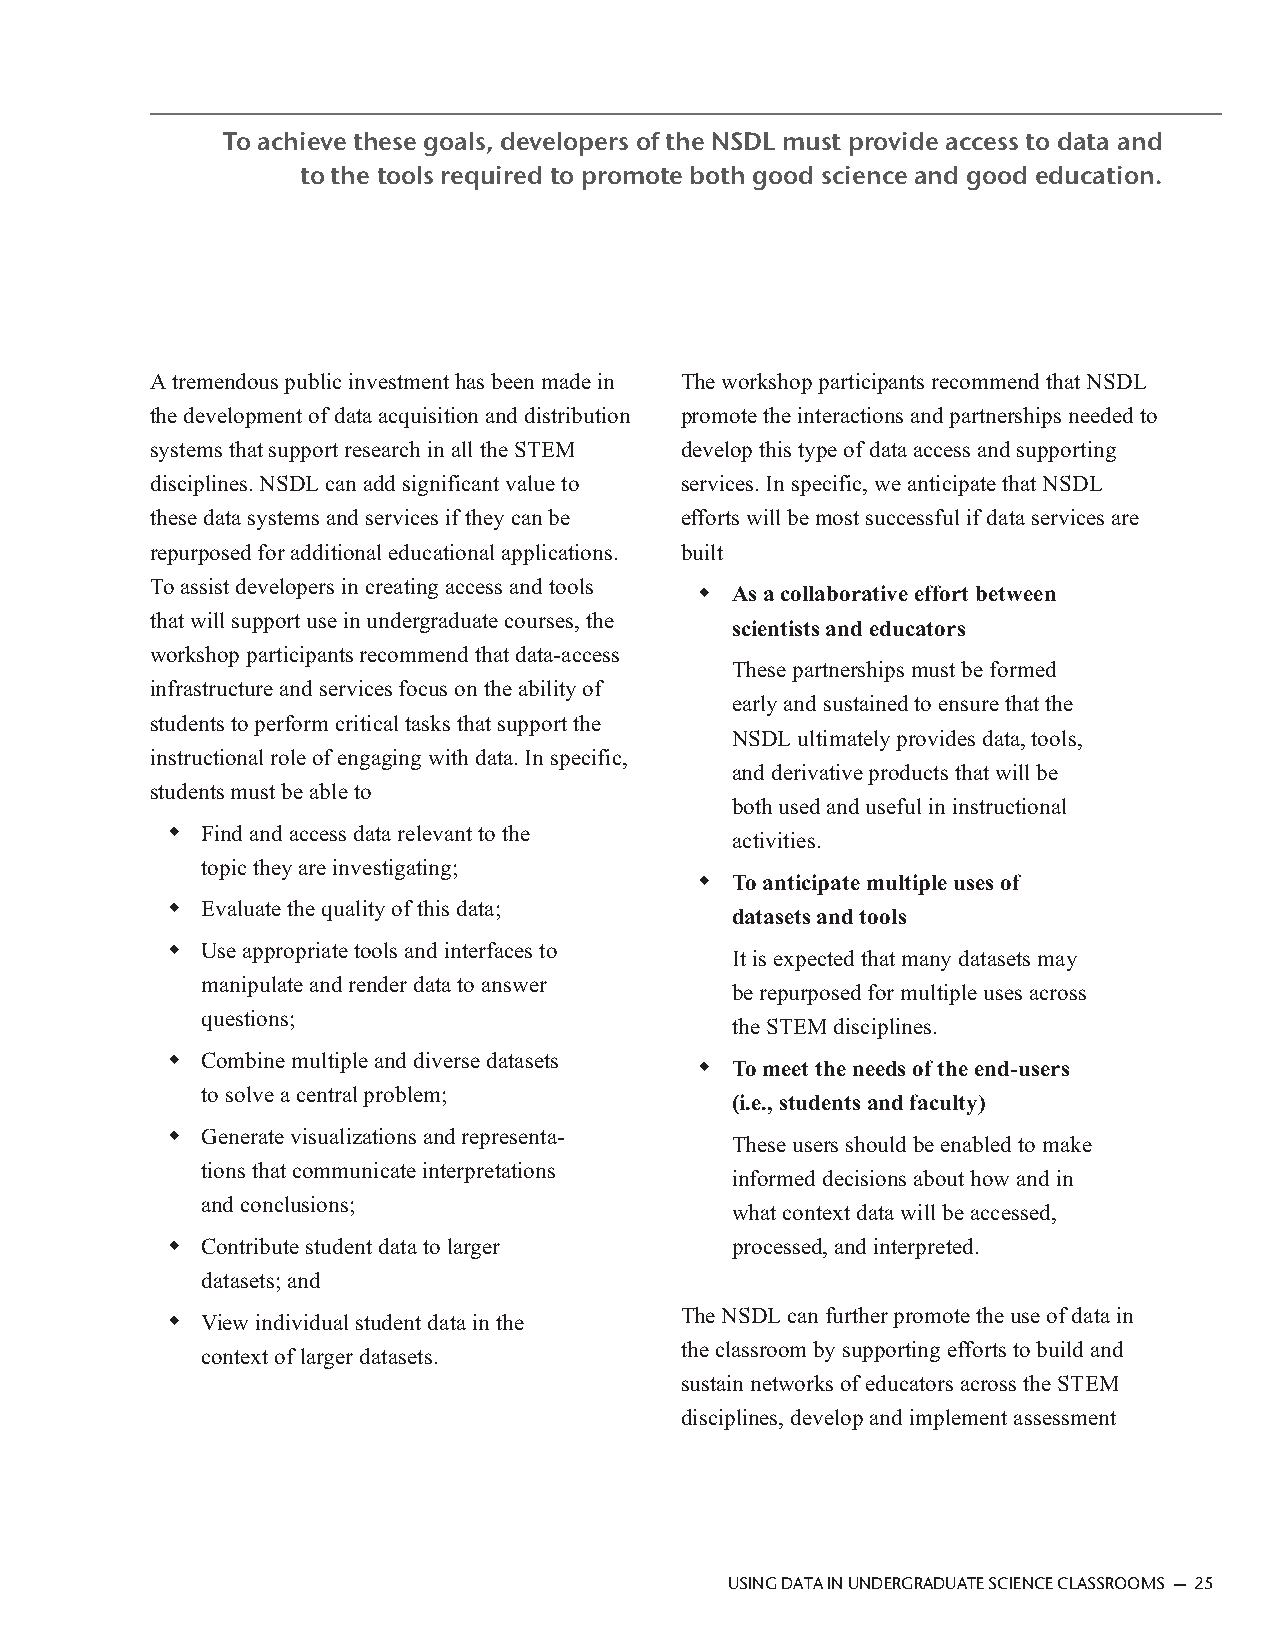
To achieve these goals, developers of the NSDL must provide access to data and
 to the tools required to promote both good science and good education.
 A tremendous public investment has been made in The workshop participants recommend that NSDL
 the development of data acquisition and distribution promote the interactions and partnerships needed to
 systems that support research in all the STEM develop this type of data access and supporting
 disciplines. NSDL can add significant value to services. In specific, we anticipate that NSDL
 these data systems and services if they can be efforts will be most successful if data services are
 repurposed for additional educational applications. built
 To assist developers in creating access and tools
 ◆ As a collaborative effort between
 that will support use in undergraduate courses, the
 scientists and educators
 workshop participants recommend that data-access
 These partnerships must be formed
 infrastructure and services focus on the ability of
 early and sustained to ensure that the
 students to perform critical tasks that support the
 NSDL ultimately provides data, tools,
 instructional role of engaging with data. In specific,
 and derivative products that will be
 students must be able to
 both used and useful in instructional
 ◆ Find and access data relevant to the
 activities.
 topic they are investigating;
 ◆ To anticipate multiple uses of
 ◆ Evaluate the quality of this data;
 datasets and tools
 ◆ Use appropriate tools and interfaces to
 It is expected that many datasets may
 manipulate and render data to answer
 be repurposed for multiple uses across
 questions;
 the STEM disciplines.
 ◆ Combine multiple and diverse datasets
 ◆ To meet the needs of the end-users
 to solve a central problem;
 (i.e., students and faculty)
 ◆ Generate visualizations and representa-
 These users should be enabled to make
 tions that communicate interpretations
 informed decisions about how and in
 and conclusions;
 what context data will be accessed,
 ◆ Contribute student data to larger  processed, and interpreted.
 datasets; and
 The NSDL can further promote the use of data in
 ◆ View individual student data in the
 the classroom by supporting efforts to build and
 context of larger datasets.
 sustain networks of educators across the STEM
 disciplines, develop and implement assessment
 USING DATA IN UNDERGRADUATE SCIENCE CLASSROOMS — 25